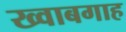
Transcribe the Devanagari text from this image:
ख्‍वाबगाह